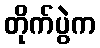
တိုက်ပွဲက